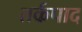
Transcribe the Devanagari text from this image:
तर्कपाद